Vital statistics of India. Vol. VI, European troops 1870-79
Year: 1870
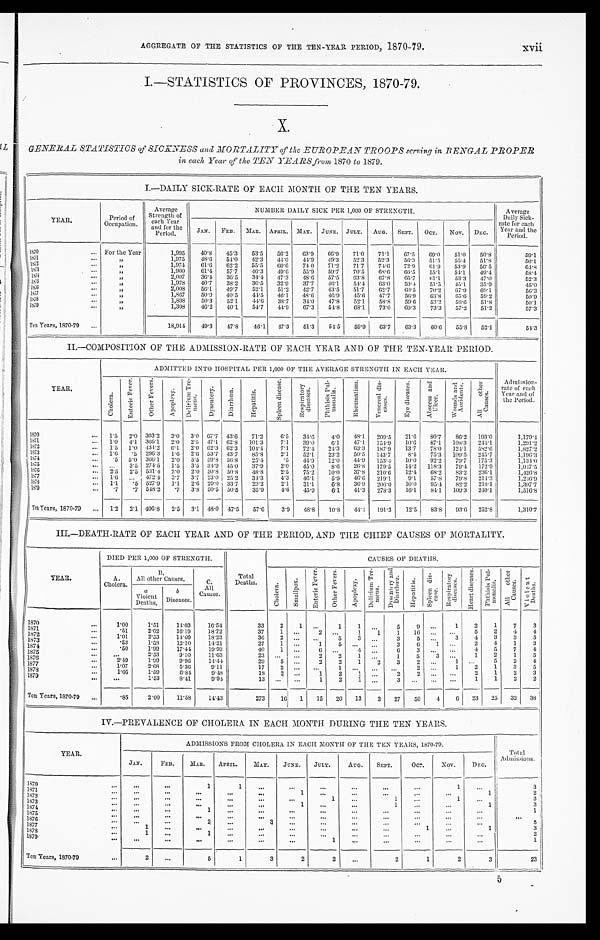
• •
AGGREGATE OF THE STATISTICS OF THE TEN -YEAR PERIOD, 1870-79.
xvii
I.—STATISTICS OF PROVINCES, 1870-79.
X.
GENERAL STATISTICS of SICKNESS and MORTALITY of the EUROPEAN TROOPS serving in BENGAL PROPER
in each Year of the TEN YEARS from 1870 to 1879.
I.—DAILY SICK-RATE OF EACH MONTH OF THE TEN YEARS.
YEAR.
Period of
Occupation.
Average
Strength of
each Year
and for the
Period.
NUMBER DAILY SICK PER 1,000 OF STRENGTH.
Average
Daily Sick-
rate for each
Year and the
Period.
JAN.
FEB.
MAR. APRIL.
MAY.
JUNE. JULY.
AUG.
SEPT.
OCT.
NOV.
DEC.
1870
...
For the Year
1,995
40.8
45.3
53.5
56.2
63.9
66.9
71.0
71.1
67.5
69.0
51.0
50.8
59.1
1871
...
,,
1,975
48.6
54.0
42.3
44.0
44.9
49.3
52.3
52.3
56.3
51.5
55.4
51.8
50.1
1872,,
1,974
61.6
62.2
55.5
60.6
74 0
71.2
71.7
74.6
72.9
61.9
53.9
56.5
64.8
1873 ...
,,
1,900
61.4
57.7
46.3
49.6
55.9
59.7
70.5
68.6
66.5
55.1
54.1
49.4
58.4
1874 ... ,,
2,007
36.4
36.5
34.4
47.3
48.6
57.5
63.8
67.8
65.7
61.1
53.3
47.0
52.3
1875
...
,,
1,978
40.7
38.2
36.5
32.9
37.7
46.1
54.4
63.0
59.4
51.5
45.1
35.9
45.0
1876
...
,,
2,008
56.1
49.7
52.1
51.2
42.7
43.5
51.7
62.7
60.5
70.2
67.9
69.1
56.3
1877
..
, ,
1,867
50.9
40.5
44.5
46.1
48.6
46.9
45.6
47.7
56.9
63.8
65. 6
59.2
50.9
1878
...
,,
1,898
50.3
52.1
44.6
38.7
34.0
47.8
52.1
58.8
59.6
53.2
58.6
51.8
50.1
1879
..
, ,
1,308
46.2
40.1
54.7
44.9
67.3
54.8
68.1
73.0
69.3
73.3
57.2
51.2
57.3
t
Ten Years, 1870-79
...
18,914
49.3
47.8
46.1
47.3
51.3
54.5
59.9
63.7
63.3
60.6
55.8 52.1
54.3
II.—COMPOSITION OF THE ADMISSION-RATE OF EACH YEAR AND OF THE TEN-YEAR PERIOD.
ADM ITTED INTO HOSPITAL PER 1,000 OF THE AVERAGE STRENGTH IN EACH YEAR.
YEAR.
C h o l e r a .
E n t e r i c F e v e r .
O t h e r F e v e r s .
A p o p l e x y .
D e l i r i n m T r e - m e n s .
D y s e n t e r y .
D i a r r h œ a .
H e p a t i t i s .
S p l e e n d i s e a s e .
R e s p i r a t o r y d i s e a s e s .
P h t h i s i s P u l - m o n a l i s .
R h e u m a t i s m .
V e n e r e a l d i s - e a s e s .
E y e d i s e a s e s .
A b s e e s s a n d U l c e r
W o u n d s a n d A c c i d e n t s .
A l l o t h e r C a u s e s .
A dmission-
rate of each
Year and of
the Period.
1870...
1.5
2.0
303.2
3.0
3.0
67.7
43.6
71.2
6.5
34.6
4.0
48.1 209.5
21.6
80.7
86.2
193.0
1,179.4
1871
...
1.0
4.1 366.1
2.0
2.5 47.1
62.8
101.3
7.1
39.0
6.1
47.1
154.9
10.6
87.1
108.3
244.1
1,291.2
1872
1.5
1.0 434.2 6.1
2.0
62.3
62.3
104.4
7.1
72.4
24.3
63.3
187.9
13.7
78.0
124.1 582.6
1,827.2
1873...
1.6
.5
296.3
1.6
2.6 53.7 43.7
85.8
2.1
52.1
23.2
50.5
143.7
8.4
75.3
109.5
245.7
1,196.3
1874
...
. 5 5.0
366.1
2.0
5.5
59.8
56.8
25.4
.5
44.9
12.0
44.9
153.4
10.0
92.2
79.7
175.3
1,134.0
1875
. . . 3.5
274.5
1.5
3.5
34.9
45.0
37.9
2.0
45.0
8.6
26.8
179.5
14.2
118.3
79.4
172.9
1,047.5
1876
..
2.5
2.5
531.4
2.0 2.0 50.8 50.8
48.8
2.5
75.2
10.0
37.8
210.6
12.4
68.2
83.2
236.1
1,426.8
1877 ...
1.6
. . . 472.4
3.7
3.7
23.0
25.2
34.3
4.3
46.1
5.9
46.6
219.1
9.1
57.8
79.8
214.3
1,246.9
1878
.. . 1.1
.5
527.9
1.1
2.6 29.0 33.7
23.2
2.1
31.1
6.8
36.9
206.0
10.0
95.4
82.2
218.1
1,307.7
1879 ...
. 7 .7 548.2
.7
3.8
50.5
50.5
35.9
4.6
45.9
6.1
41.3
278.3
16.1
84.1
109.3
240.1
1,516.8
Ten Years, 1870-79
...
1.2
2.1 406.8
2.5
3.1
48.0
47.5
57.6
3.9
48.8
10.8
44.4
191.3
12.5
83.8
93.6
252.8
1,310.7
III.—DEATH-RATE OF EACH YEAR AND OF THE PERIOD, AND THE CHIEF CAUSES OF MORTALITY.
DIED PER 1,000 OF STRENGTH.
CAUSES OF DEATHS.
B,
YEAR.
A.
Cholera.
All other
a
Violent
Deaths,
Causes,
b
Diseases.
c.
All
Causes.
Total
Deaths.
C h o l e r a .
S m a l l p o x .
E n t e r i c F e v e r .
O t h e r F e v e r s .
A p o p l e x y
D e l i r i u m T r e - m e n s .
D y s e n t r y a n d D i a r r h œ a .
H e p a t i t i s .
S p l e e n d i s - e a s e .
R e s p i r a t o r y d i s e a s e s .
Heart diseases.
Phthisis Pul-monalis.
A l l o t h e r C a u s e s .
Violent Deaths.
1870
1.00
1.51
14.03
16.54
33
2
1
. . .
1
1
. . .
5
9
. . .
1
2
1
7
3
1871...
.51
2.02
16.19
18.72
37
1
. . .
2
. . .
1
1
1
16
...
. . .
5
2
4
4
1872
1.01
2.53
14.69
18.23
36
2
...
...
5
3
. . .
3
5 ...
3
4
3
3
5
1873
...
.53
1.58
12.10
14.21
27
1
. . .
1
5
...
. . .
3
6
1
. . .
2
4
1
3
1874
...
.50
1. 99
17.44
19.93
40
1 ...
6
. . .
4
. . .
6 3
. . .
. . .
4
5
7
4
1875
...
...
2.53
9.10
11.63
23
...
...
2
2
1
. . .
1
5
3
. . .
1
2
1
5
1876
...
2.49
1.99
9.96
14.44
29
5
. . .
2
2
1
2
3 2
. . .
1
. . . 5
2
4
1877
...
1.07
2.68
5.36
9.11
17
2
. . .
. . .
1
. . .
. . .
. . . 2
. . .
1
2 1
3
5
1878
1.05
1.59
6.84
9.48
18
2
. . .
1
2
1
. . .
2 2
. . .
. . .
2 1
2
3
1879
. . .
1.53
8.41
9.94
13
. . .
. . .
1
2
1 ...
3 . . .
. . .
. . .
1 1
2
2
.85
2.00
11.58
14.43
273
16
1
15
20
13
3
27
Ten Years, 1870-79
...
50
4
6
23
25
32
38
IV.—PREVALENCE OF CHOLERA IN EACH MONTH DURING THE TEN YEARS.
ADMISSIONS FROM CHOLERA IN EACH MONTH OF THE TEN YEARS, 1870-79.
Total
YEAR.
Admissions.
JAN.
FEB.
MAR.
APRIL.
MAY.
JUNE.
JULY.
AUG.
SEPT.
OCT.
NOV.
DEC.
1870
...
. . .
. . .
1
1
...
...
. . .
. . .
. . .
. . .
1
. . .
3
1871
.
. . .
. . .
. . .
. . .
... 1
. . .
. . .
. . .
...
...
1
2
1872
...
...
...
. . .
. . . . . .
1
. . .
1
...
1
. . .
3
1873
. . .
. . .
...
...
...
1
. . .
...
1
...
...
1
3
1874
...
...
...
1
...
...
...
...
. . .
...
...
...
...
1
1875
...
. . .
. . .
. . .
. . .
... ...
. . .
. . .
. . .
...
. . .
. . .
. . .
1876
. . .
. . .
2
. . .
3 . . .
. . .
. . .
. . .
. . .
. . .
. . .
5
1877
...
1
. . .
. . .
. . . ...
...
. . .
. . .
...
1
. . .
1
3
1878
...
1
...
1
. . .
. . . . . .
...
...
. . .
. . .
...
...
2
1879
...
. . .
. . .
. . .
. . .
. . .
. . .
1
. . .
. . .
. . .
. . .
. . .
1
Ten Years, 1870-79
2
...
5
1 3
2
2
...
2
1
2
3
23
5